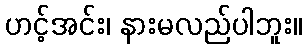
ဟင့်အင်း၊ နားမလည်ပါဘူး။